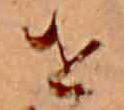
せ